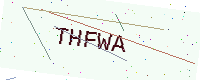
Text: THFWA